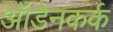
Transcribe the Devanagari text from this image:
ऑडेनकर्क